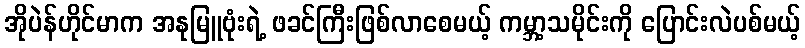
အိုပဲန်ဟိုင်မာက အနုမြူဗုံးရဲ့ ဖခင်ကြီးဖြစ်လာစေမယ့် ကမ္ဘာ့သမိုင်းကို ပြောင်းလဲပစ်မယ့်